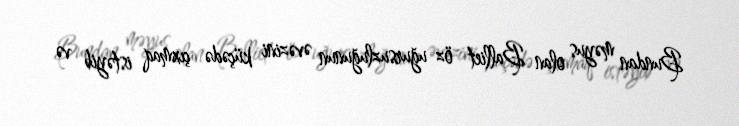
Bundan məyus olan Balliet öz uğursuzluğunun əvəzini küçədə çıxmaq istəyib və